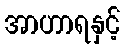
အာဟာရနှင့်